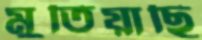
মুতিয়াছি